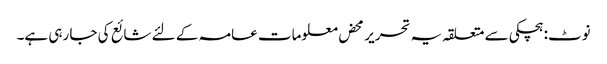
نوٹ: ہچکی سے متعلقہ یہ تحریر محض معلومات عامہ کے لئے شائع کی جا رہی ہے۔